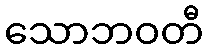
သောဘဝတီ